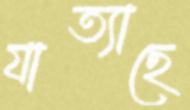
যাত্যাছে